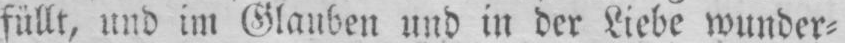
füllt, und im Glauben und in der Liebe wunder⸗